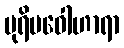
ပုရိမဝေါဟာရာ